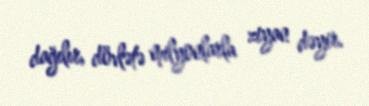
dağılır, dövlətə milyonlarla ziyan dəyir.